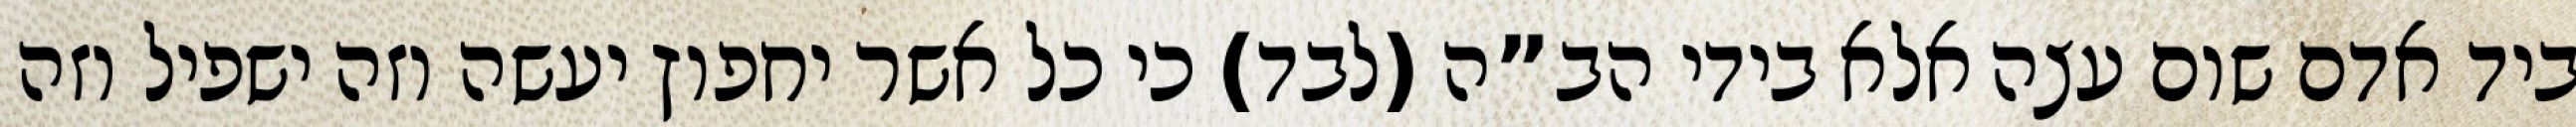
ביד אדם שום עצה אלא בידי הב”ה (לבד) כי כל אשר יחפוץ יעשה וזה ישפיל וזה